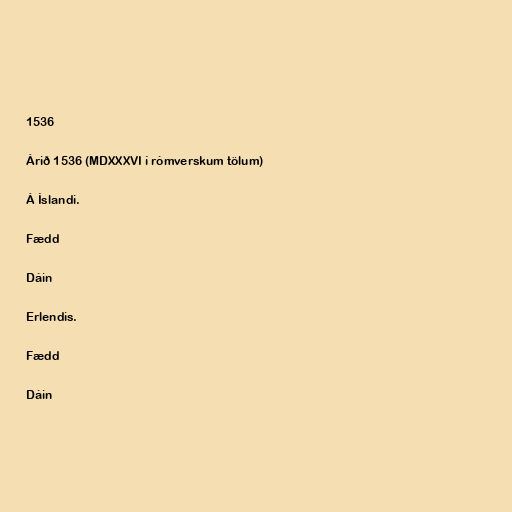
1536

Árið 1536 (MDXXXVI í rómverskum tölum)

Á Íslandi.

Fædd

Dáin

Erlendis.

Fædd

Dáin